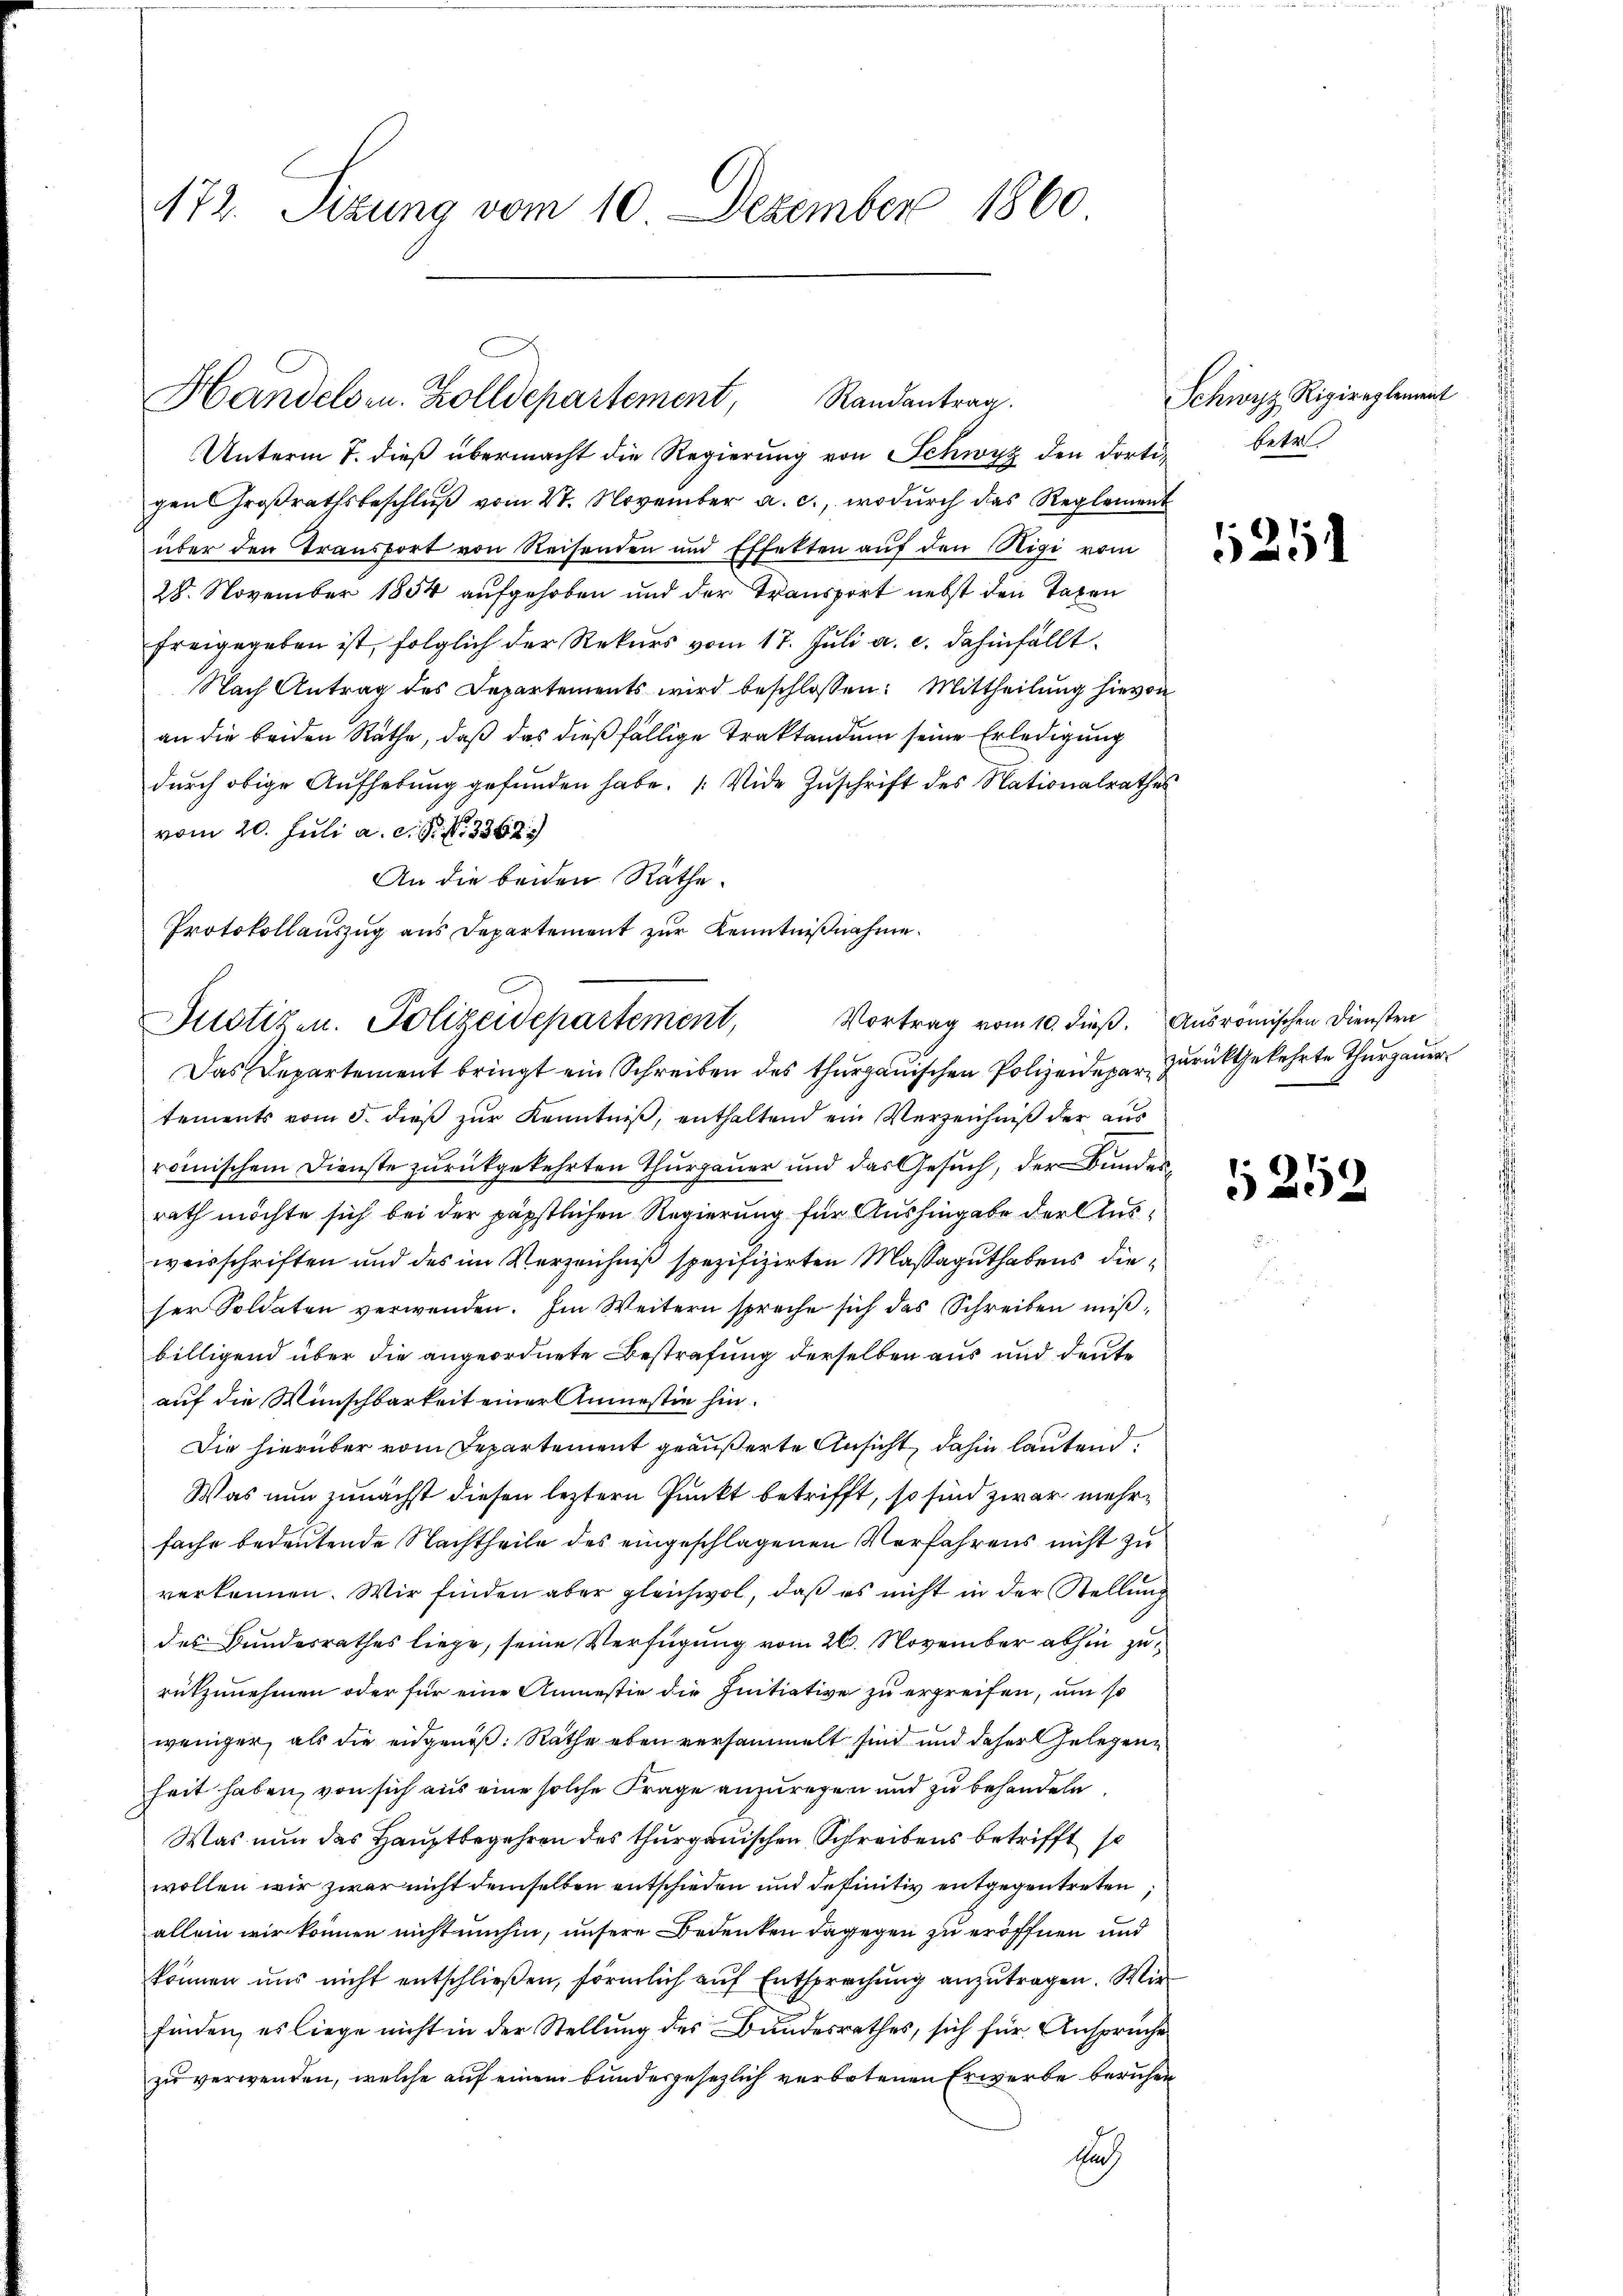
172. Sizung vom 10. Dezember 1860

Handelsen. Zolldepartement,
Randantrag.
Unterm 7. dieß übermacht die Regierung von Schwyz den dorti¬

gen Großrathsbeschluß vom 27. November a. c., wodurch das Reglement
über den Transport von Reisenden und Effekten auf den Rigi vom
28. November 1854 aufgehoben und der Transport nebst den Taxen
freigegeben ist, folglich der Rekurs vom 17. Juli a. c. dahinfällt.
Nach Antrag des Departements wird beschlossen: Mittheilung hievon
an die beiden Rathe, daß das dießfällige Traktandum seine Erledigung
durch obige Aufhebung gefunden habe. (Vide Zuschrift des Nationalrathes
vom 20. Juli a.c. s. f. 3362.
An die beiden Räthe.
Das Departement bringt ein Schreiben des thurgauischen Polizeidepar
tements vom 5. dieß zur Kenntniß, enthaltend ein Verzeichniß der aus
römischem Dienste zurückgekehrten Thurgauer und das Gesuch, der Bundes
rath möchte sich bei der päpstlichen Regierung für Aushingabe der Ausweisschriften und des im Verzeichniß spezifizirten Massaguthabens dieser Soldaten verwenden. Im Weitern spreche sich das Schreiben mißbilligend über die angeordnete Bestrafung derselben aus und deute
auf die Wunschbarkeit einer Anmessin hin.
Die hierüber vom Departement geäußerte Ansicht, dahin lautend
Was nun zunächst diesen leztern Punkt betrifft, so sind zwar mehrfache bedeutende Nachtheile des eingeschlagenen Verfahrens nicht zu
verkennen. Wir finden aber gleichwol, daß es nicht in der Stellung
des Bundesrathes liege, seine Verfügung vom 26. November abhin zurutzunehmen oder für eine Anmestie die Initiative zu ergreifen, um so
weniger, als die eidgenöß. Räthe eben versammelt sind und daher Gelegenheit haben, von sich aus eine solche Frage anzuregen und zu behandeln,
Was nun das Hauptbegehren des thurgauischen Schreibens betrifft so
wollen wir zwar nicht demselben entschieden und definitiv entgegentreten,
allein wir können nicht umhin, unsere Bedenken dagegen zu eröffnen und
können uns nicht entschließen, förmlich auf Entsprechung anzutragen. Wie
finden, es liege nicht in der Stellung des Bundesrathes, sich für Ansprüche
zu verwenden, welche auf einem bundesgesezlich verbotenen Erwerbe beruhen
Nach

Protokollauszug aus Departement zur Kenntnißnahme.
Justizen. Polizeidepartement, Vortrag vom 10. dieβ.

Schwyz Rigireglement
betr.

1251

Ausromischen Diensten
zurückgekehrte Thurgauer

6252